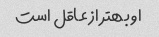
او بهتر از عاقل است